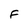
Character: F